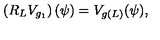
\left( R _ { L } V _ { g _ { 1 } } \right) ( \psi ) = V _ { g ( L ) } ( \psi ) ,